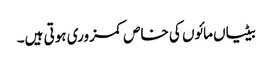
بیٹیاں مائوں کی خاص کمزوری ہوتی ہیں۔